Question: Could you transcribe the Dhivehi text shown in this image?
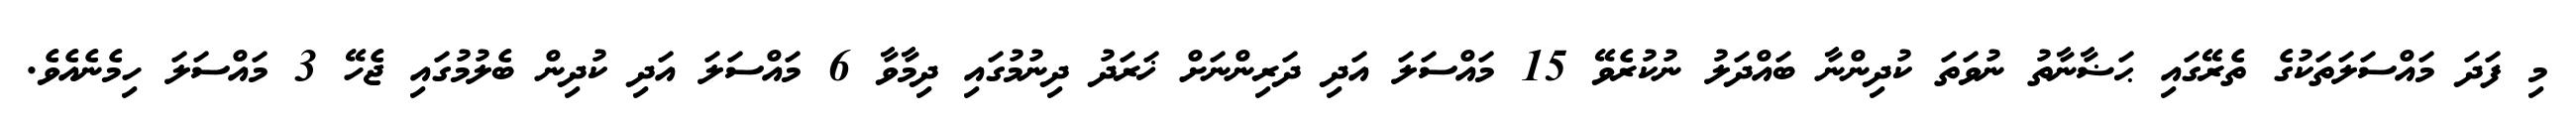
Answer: މި ފަދަ މައްސަލަތަކުގެ ތެރޭގައި ޙަޟާނާތު ނުވަތަ ކުދިންނާ ބައްދަލު ނުކުރެވޭ 15 މައްސަލަ އަދި ދަރިންނަށް ޚަރަދު ދިނުމުގައި ދިމާވާ 6 މައްސަލަ އަދި ކުދިން ބެލުމުގައި ޖެހޭ 3 މައްސަލަ ހިމެނެއެވެ.